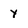
Character: y